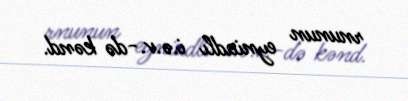
rnunun eyniadlı i.ə.v.-də kənd.